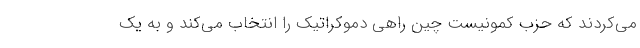
می‌کردند که حزب کمونیست چین راهی دموکراتیک را انتخاب می‌کند و به یک